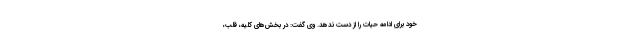
خود برای ادامه حیات را از دست ندهد. وی گفت: در بخش‌های کلیه، قلب،